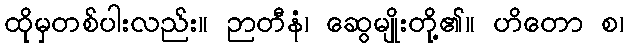
ထိုမှတစ်ပါးလည်း။ ဉာတီနံ၊ ဆွေမျိုးတို့၏။ ဟိတော စ၊